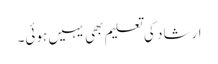
ارشاد کی تعلیم بھی یہیں ہوئی۔